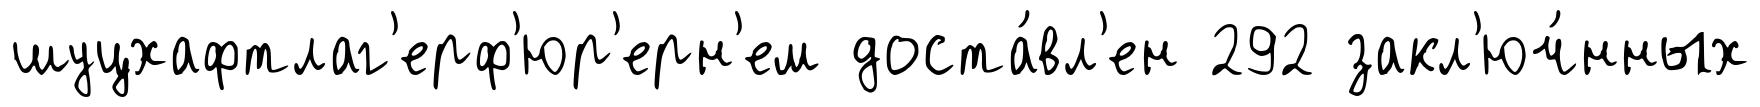
шуцхафтлаг'ерф'юр'ерн'ем доста́вл'ен 292 закл'юч́нных